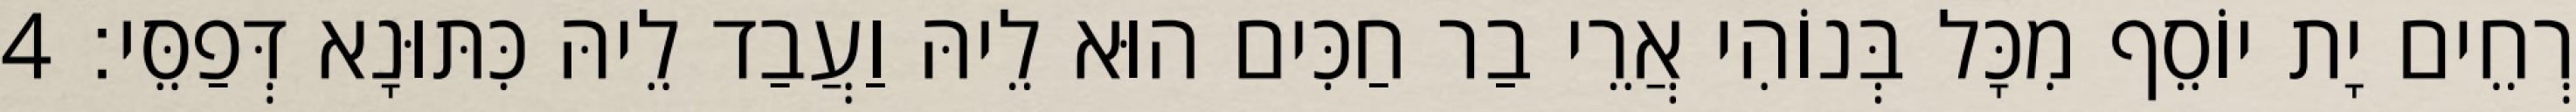
רְחֵים יָת יוֹסֵף מִכָּל בְּנוֹהִי אֲרֵי בַר חַכִּים הוּא לֵיהּ וַעֲבַד לֵיהּ כִּתּוּנָא דְּפַסֵּי׃ 4